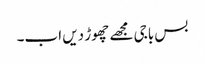
بس باجی مجھے چھوڑ دیں اب۔